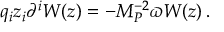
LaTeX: q _ { i } z _ { i } \partial ^ { i } W ( z ) = - M _ { P } ^ { - 2 } \varpi W ( z ) \, .